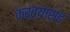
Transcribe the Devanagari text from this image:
कर्त्यासह